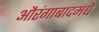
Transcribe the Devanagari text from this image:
औरंगाबादमधे